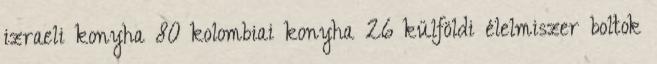
izraeli konyha 80 kolombiai konyha 26 külföldi élelmiszer boltok